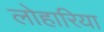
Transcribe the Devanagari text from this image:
लोहारिया